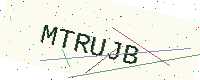
Text: MTRUJB